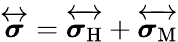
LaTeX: \overleftrightarrow{\boldsymbol{\sigma}}=\overleftrightarrow{\boldsymbol{\sigma}_{\mathrm{H}}}+\overleftrightarrow{\boldsymbol{\sigma}_{\mathrm{M}}}